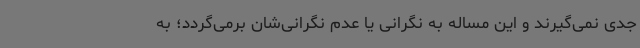
جدی نمی‌گیرند و این مساله به نگرانی یا عدم نگرانی‌شان برمی‌گردد؛ به